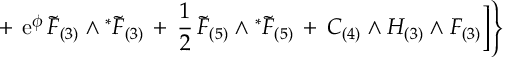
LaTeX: + \, \, \mathrm { e } ^ { \phi } \, { \widetilde { F } } _ { ( 3 ) } \wedge { } ^ { * } { \widetilde { F } } _ { ( 3 ) } \, + \, \frac { 1 } { 2 } \, { \widetilde { F } } _ { ( 5 ) } \wedge { } ^ { * } { \widetilde { F } } _ { ( 5 ) } \, + \, C _ { ( 4 ) } \wedge H _ { ( 3 ) } \wedge F _ { ( 3 ) } \Big ] \Bigg \}